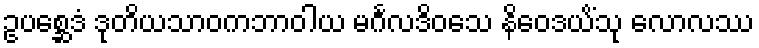
ဥပစ္ဆေဒံ ဒုတိယသာဝကဘာဝါယ မင်္ဂလဒိဝသေ နိဝေဒယိံသု လောလဿ